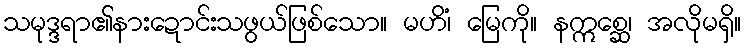
သမုဒ္ဒရာ၏နားဍောင်းသဖွယ်ဖြစ်သော။ မဟိံ၊ မြေကို။ နဣစ္ဆေ၊ အလိုမရှိ။